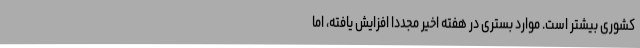
کشوری بیشتر است. موارد بستری در هفته اخیر مجددا افزایش یافته، اما